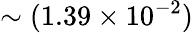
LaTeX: \sim(1.39\times 10^{-2})